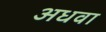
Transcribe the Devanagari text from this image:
अधवा